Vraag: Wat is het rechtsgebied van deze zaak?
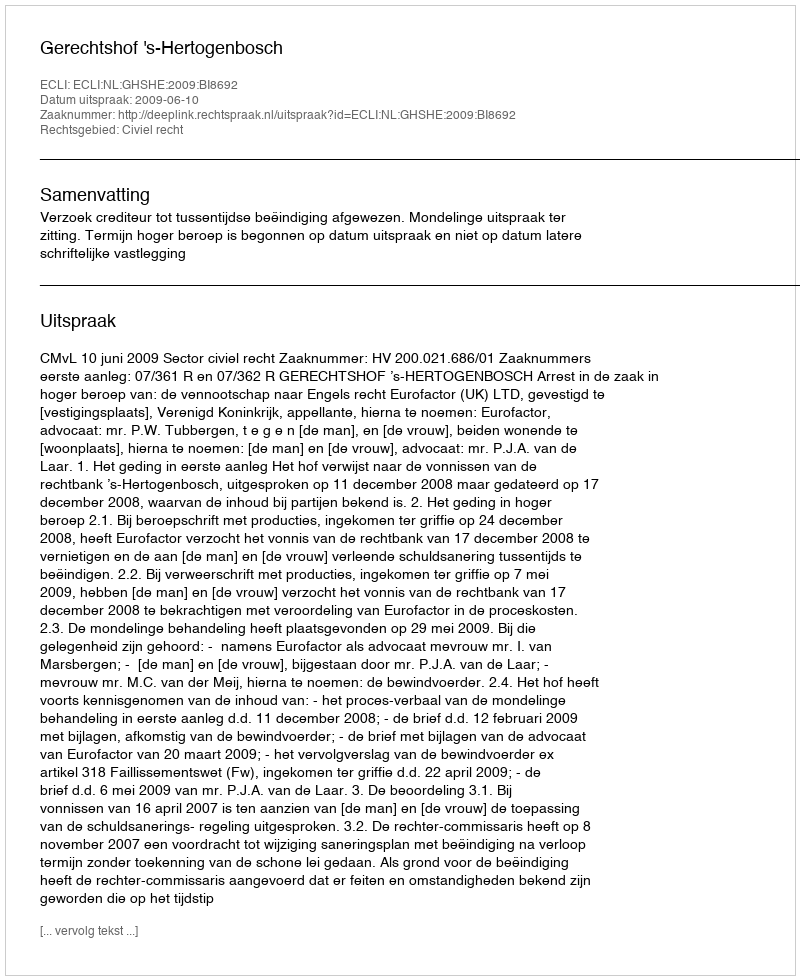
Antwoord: Civiel recht